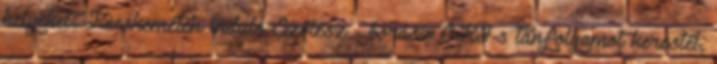
helyeket: Kecskeméten induló Szőlész - borász OKJ-s tanfolyamot kerestél,